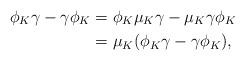
LaTeX: \begin{align*}\phi_K \gamma - \gamma \phi_K &= \phi_K \mu_K \gamma - \mu_K \gamma \phi_K \\&= \mu_K (\phi_K \gamma - \gamma \phi_K), \end{align*}